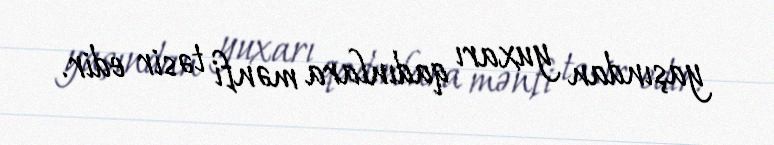
yaşından yuxarı qadınlara mənfi təsir edir.